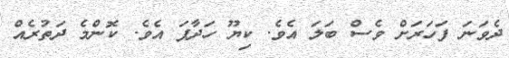
ދެވަނަ ފަހަރަށް ވެސް ބަލަ އެވެ. ކިޔޫ ހަދާފަ އެވެ. ކޮންމެ ދަތުރެއް